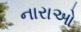
નારાઓ